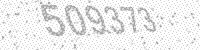
Solution: 509373